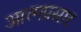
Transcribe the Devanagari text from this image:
आत्मप्रसार